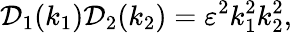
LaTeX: \mathcal{D}_{1}(k_{1})\mathcal{D}_{2}(k_{2})=\varepsilon^{2}k_{1}^{2}k_{2}^{2},